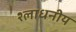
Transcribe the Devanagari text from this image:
श्लाधनीय